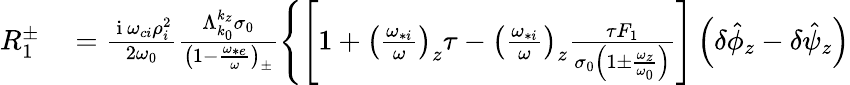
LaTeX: \begin{array}{rl}{R_{1}^{\pm}}&{{}=\frac{\mathrm{~i~}\omega_{ci}\rho_{i}^{2}}{2\omega_{0}}\frac{\Lambda_{k_{0}}^{k_{z}}\sigma_{0}}{\left(1-\frac{\omega_{*e}}{\omega}\right)_{\pm}}\Bigg\{ \Bigg[1+\left(\frac{\omega_{*i}}{\omega}\right)_{z}\tau-\left(\frac{\omega_{*i}}{\omega}\right)_{z}\frac{\tau F_{1}}{\sigma_{0}\left(1\pm\frac{\omega_{z}}{\omega_{0}}\right)}\Bigg]\left(\delta\hat{\phi}_{z}-\delta\hat{\psi}_{z}\right)}\end{array}